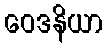
ဝေဒနိယာ